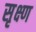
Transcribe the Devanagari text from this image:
सृक्ष्‍ण